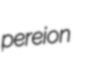
pereion